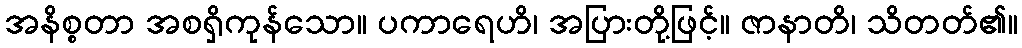
အနိစ္စတာ အစရှိကုန်သော။ ပကာရေဟိ၊ အပြားတို့ဖြင့်။ ဇာနာတိ၊ သိတတ်၏။